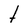
Character: t